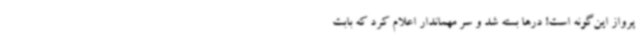
پرواز این‌گونه است! درها بسته شد و سر مهماندار اعلام کرد که بابت